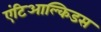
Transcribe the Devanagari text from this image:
एंटिआल्किडस